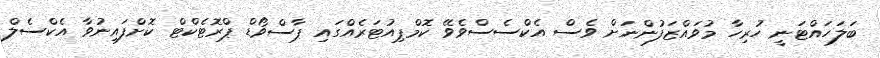
ބަލަހައްޓަނީ ހުރިހާ މުވައްޒަފުންނަށް ވެސް އެކްސެސްވެވޭ ކޮމްޕިއުޓަރެއްގައި ޕާސްވޯޑް ޕްރޮޓެކްޓް ކޮށްފައިނުވާ އެކްސެލް